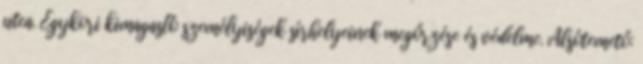
utca. Egykori kimagasló személyiségek sírhelyeinek megőrzése és védelme. Alsótemető: